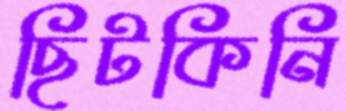
ছিটকিনি